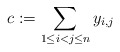
\begin{gather*}c:=\sum_{1 \le i < j \le n} y_{i,j}\end{gather*}